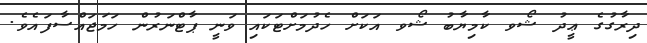
ދިރާގުގެ ޢީދު ޝޯވ ކާމިޔާބު ޝޯވ އަކަށް ހެދުމަށްޓަކައި ވަނީ ޕާޓްނަރުން ހަމަޖައްސާފައެވެ.